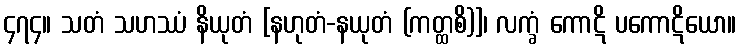
၄၇၄။ သတံ သဟဿံ နိယုတံ [နဟုတံ-နယုတံ (ကတ္ထစိ)]၊ လက္ခံ ကောဋိ ပကောဋိယော။